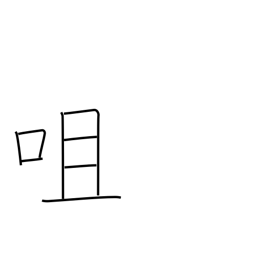
Meaning: bite